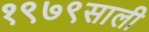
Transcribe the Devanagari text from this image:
१९७९साली